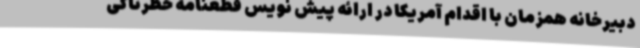
دبیرخانه همزمان با اقدام آمریکا در ارائه پیش نویس قطعنامه خطرناکی